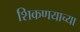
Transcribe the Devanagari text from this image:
शिकणयाच्या